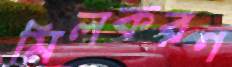
মিলকরণ